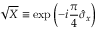
\sqrt { X } \equiv \exp \left( - i \frac { \pi } { 4 } \hat { \sigma } _ { x } \right)